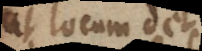
ut locum det